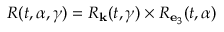
R ( t , \alpha , \gamma ) = R _ { { \bf k } } ( t , \gamma ) \times R _ { { \bf e } _ { 3 } } ( t , \alpha )